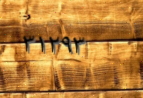
٣١٢٩٣